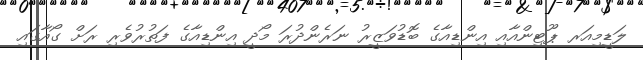
ލަޑީމިއަރ ޕޫޓިންއާއި އިންޑިއާގެ ބޮޑުވަޒީރު ނަރެންދުރަ މޯދީ އިންޑިއާގެ ފަތުރުވެރި ރަށް ގޯއާގައި